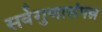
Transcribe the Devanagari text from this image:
सर्वगुणासंपन्न